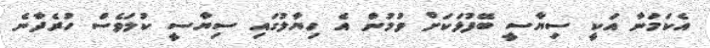
އެކަމަނާ އަކީ ސިޔާސީ ބޭފުޅަކަށް ވުމުން އެ ހިޔާލުގައި ސިޔާސީ ކުލަވެސް ހުރެދާނެ